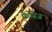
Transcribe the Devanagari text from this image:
पैलेसेज